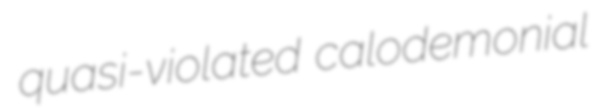
quasi-violated calodemonial